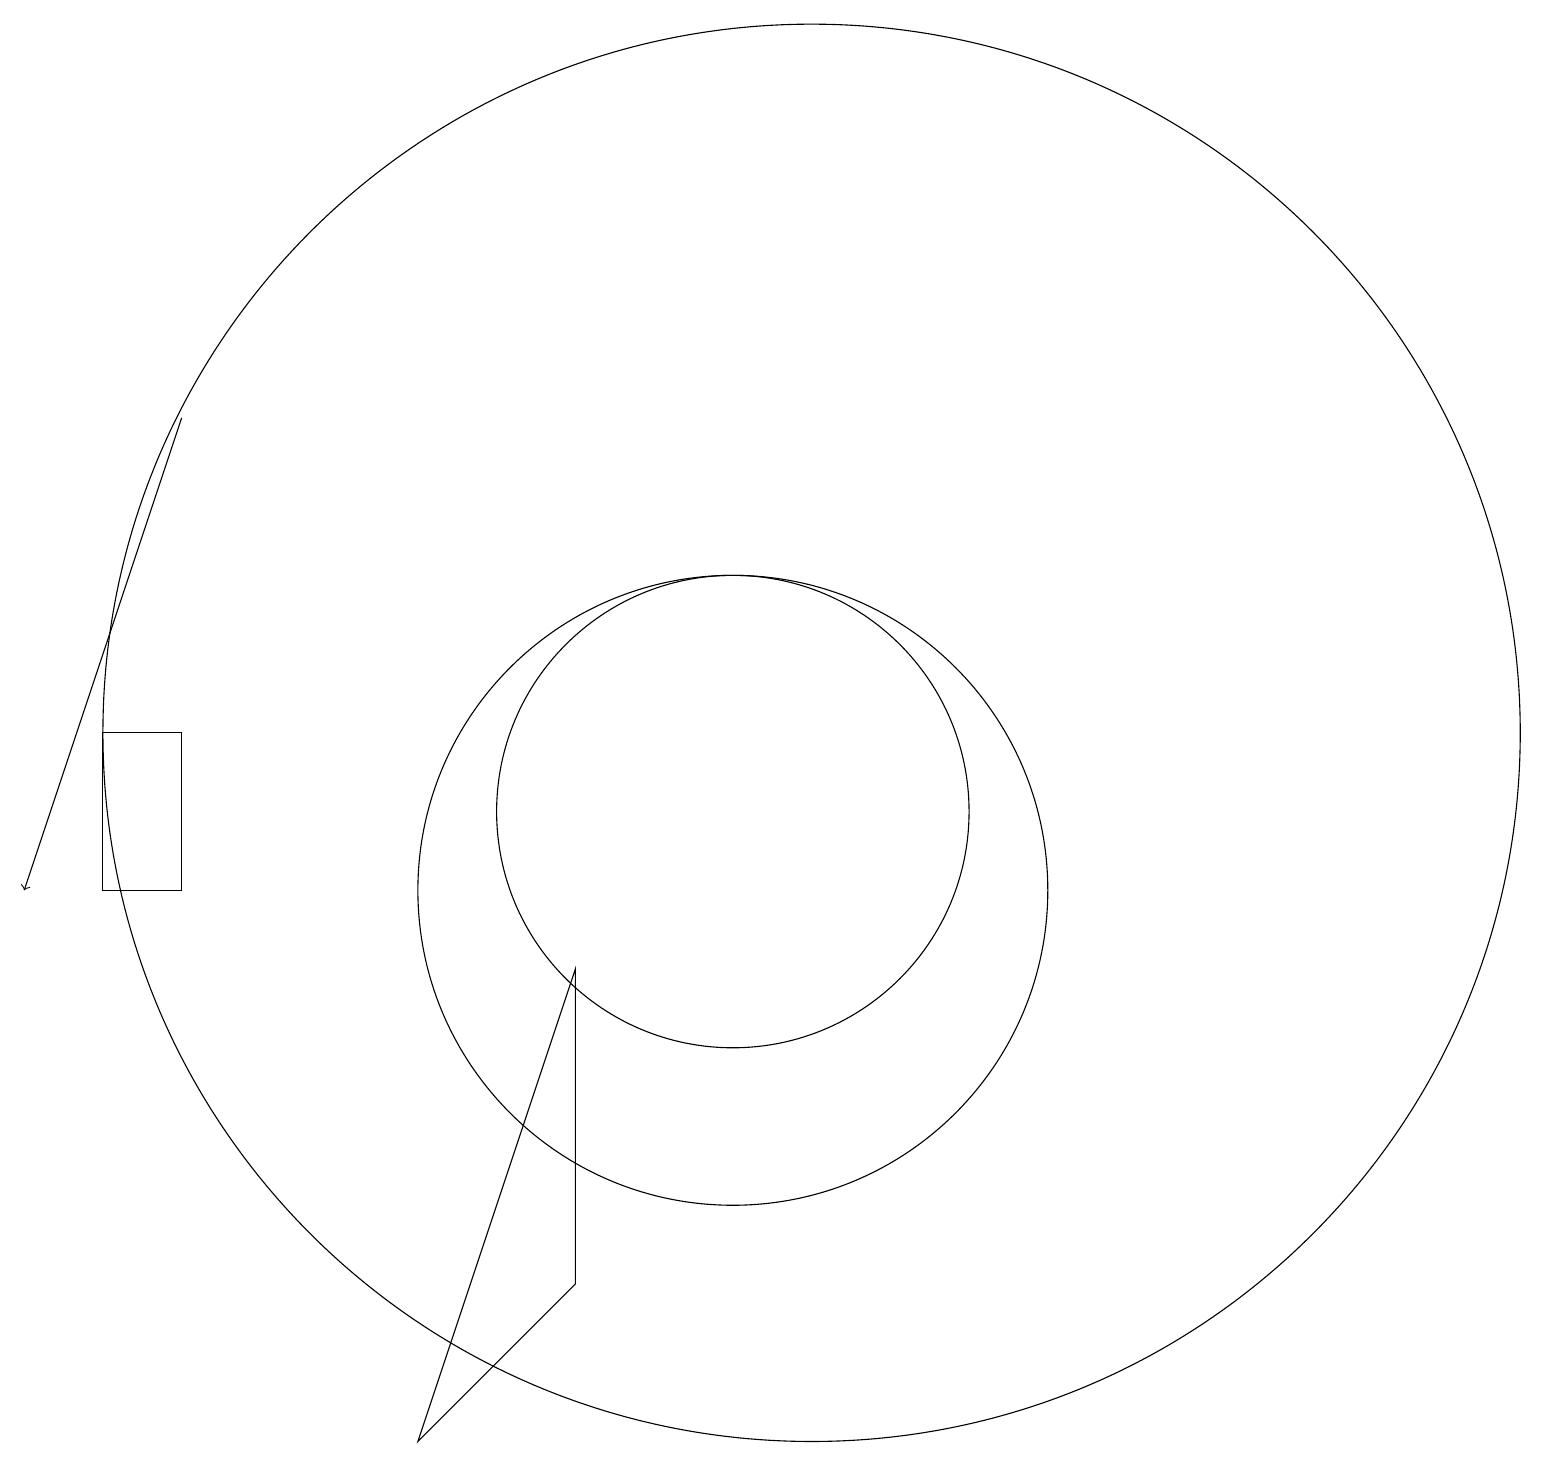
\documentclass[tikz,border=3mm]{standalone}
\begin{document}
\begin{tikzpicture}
\draw (10,11) circle (3);
\draw (10,10) circle (4);
\draw (2,12) rectangle (3,10);
\draw (6,3) -- (8,9) -- (8,5) -- cycle;
\draw[->] (3,16) -- (1,10);
\draw (11,12) circle (9);
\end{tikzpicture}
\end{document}